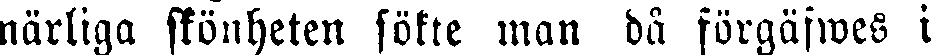
närliga skönheten sökte man då förgäfwes i